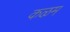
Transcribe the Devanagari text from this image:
कऴम